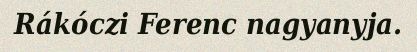
Rákóczi Ferenc nagyanyja.